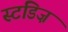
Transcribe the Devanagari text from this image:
स्टडिज़